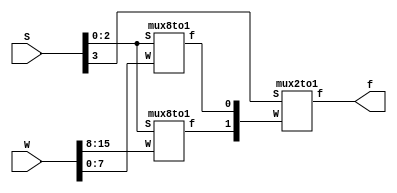
module mux16to1e3(W, S, f);
input [0:15]W;
input [3:0]S;
output f;
wire [0:1]X;

mux8to1 m1(W[0:7], S[2:0], X[0]);
mux8to1 m2(W[8:15], S[2:0], X[1]);
mux2to1 m3(X[0:1], S[3], f);

endmodule


module mux8to1(W, S, f);
input [0:7]W;
input [2:0]S;
output f;
reg f;

always@(W or S)
        case(S)
                0: f = W[0];
                1: f = W[1];
                2: f = W[2];
                3: f = W[3];
                4: f = W[4];
                5: f = W[5];
                6: f = W[6];
                7: f = W[7];
        endcase
        
endmodule


module mux2to1(W, S, f);
input [0:1]W;
input S;
output f;
reg f;
always@(W or S)
        if(S == 0) 
                f = W[0];
        else    
                f = W[1];
        
endmodule